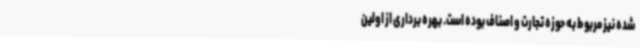
شده نیز مربوط به حوزه تجارت و اصناف بوده است. بهره برداری از اولین